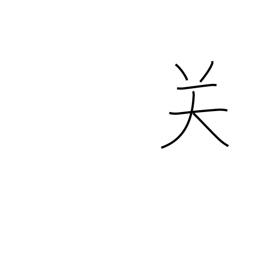
Meaning: frontier pass